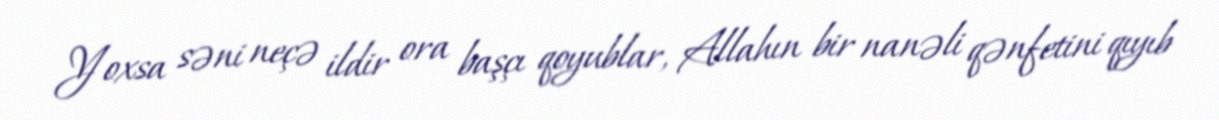
Yoxsa səni neçə ildir ora başçı qoyublar, Allahın bir nanəli qənfetini qıyıb